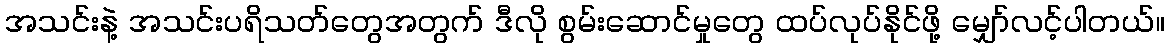
အသင်းနဲ့ အသင်းပရိသတ်တွေအတွက် ဒီလို စွမ်းဆောင်မှုတွေ ထပ်လုပ်နိုင်ဖို့ မျှော်လင့်ပါတယ်။